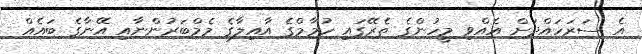
އެ ސަރަހައްދަށް އެއްވި މީހުންގެ ތެރޭގައި ހުމާމްގެ އާއިލާގެ މެމްބަރުންނާއި އޭނާގެ ބައެއް